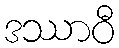
ဒဿာဝီ